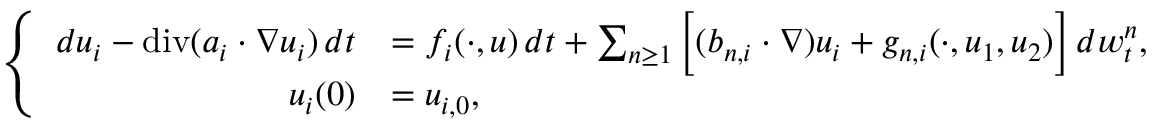
\left\{ \begin{array} { r l } { d u _ { i } - \normalfont { \mathrm { d i v } } ( a _ { i } \cdot \nabla u _ { i } ) \, d t } & { = f _ { i } ( \cdot , u ) \, d t + \sum _ { n \geq 1 } \Big [ ( b _ { n , i } \cdot \nabla ) u _ { i } + g _ { n , i } ( \cdot , u _ { 1 } , u _ { 2 } ) \Big ] \, d w _ { t } ^ { n } , } \\ { u _ { i } ( 0 ) } & { = u _ { i , 0 } , } \end{array} \right.